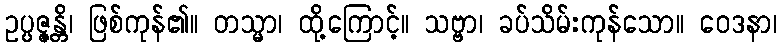
ဥပ္ပဇ္ဇန္တိ၊ ဖြစ်ကုန်၏။ တသ္မာ၊ ထို့ကြောင့်။ သဗ္ဗာ၊ ခပ်သိမ်းကုန်သော။ ဝေဒနာ၊